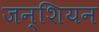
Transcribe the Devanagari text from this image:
जन्शियन